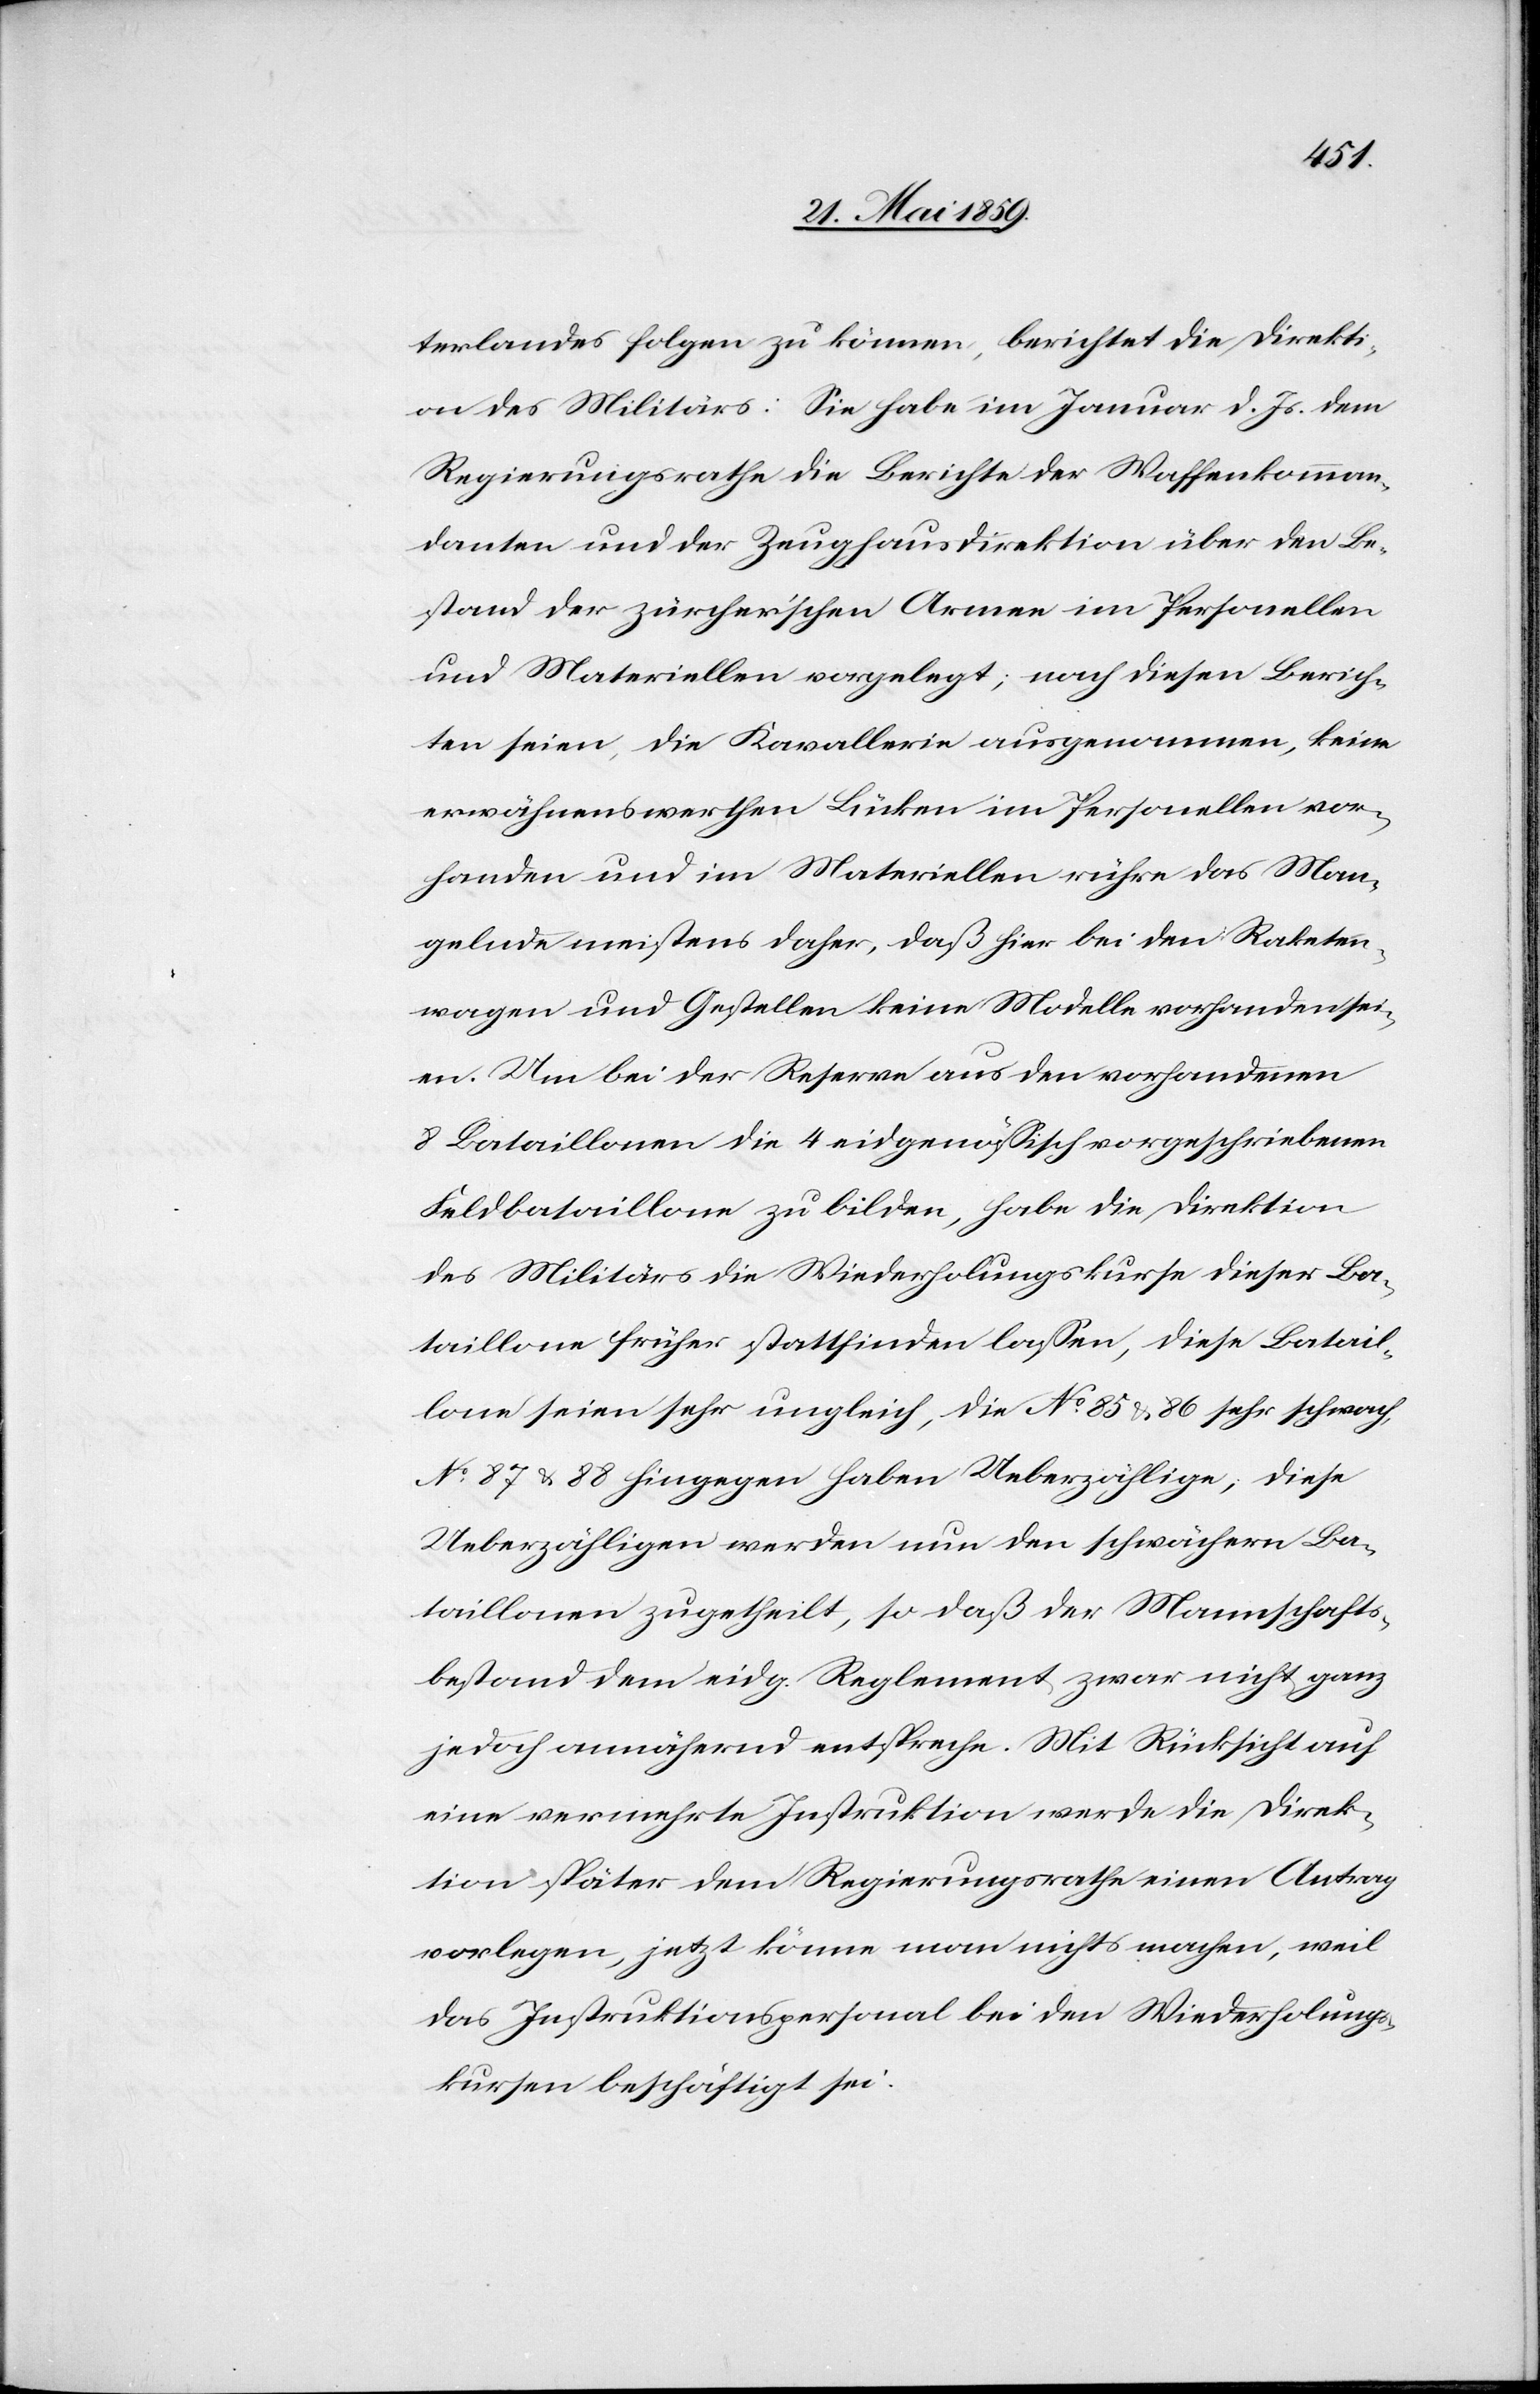
terlandes folgen zu können, berichtet die Direkti¬
on des Militärs: Sie habe im Januar d. Js. dem
Regierungsrathe die Berichte der Waffenkomman¬
danten und der Zeughausdirektion über den Be¬
stand der zürcher'schen Armee im Personellen
und Materiellen vorgelegt; nach diesen Berich¬
ten seien, die Kavallerie ausgenommen, keine
erwähnenswerthen Lücken im Personellen vor¬
handen und im Materiellen rühre das Man¬
gelnde meistens daher, daß hier bei den Raketen¬
wagen und Gestellen keine Modelle vorhanden sei¬
en. Um bei der Reserve aus den vorhandenen
8 Bataillonen die 4 eidgenössisch vorgeschriebenen
Feldbataillone zu bilden, habe die Direktion
des Militärs die Wiederholungskurse dieser Ba¬
taillone früher stattfinden lassen, diese Batail¬
lone seien sehr ungleich, die No. 85 & 86 sehr schwach,
No. 87 & 88 hingegen haben Ueberzählige; diese
Ueberzähligen werden nun den schwächern Ba¬
taillonen zugetheilt, so daß der Mannschafts¬
bestand dem eidg. Reglement zwar nicht ganz
jedoch annähernd entspreche. Mit Rücksicht auf
eine vermehrte Instruktion werde die Direk¬
tion später dem Regierungsrathe einen Antrag
vorlegen, jetzt könne man nichts machen, weil
das Instruktionspersonal bei den Wiederholungs¬
kursen beschäftigt sei.